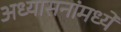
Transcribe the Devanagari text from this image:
अध्यासनांमध्ये